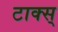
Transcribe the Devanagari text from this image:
टाक्स्